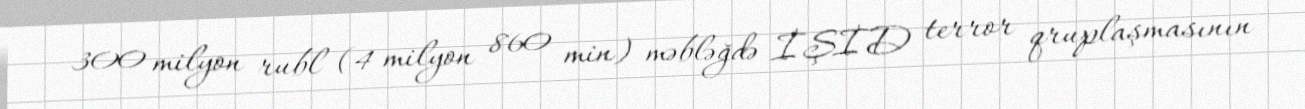
300 milyon rubl (4 milyon 860 min) məbləğdə İŞİD terror qruplaşmasının